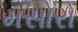
મસોરો